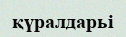
қүралдарьі